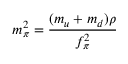
m _ { \pi } ^ { 2 } = \frac { ( m _ { u } + m _ { d } ) \rho } { f _ { \pi } ^ { 2 } }